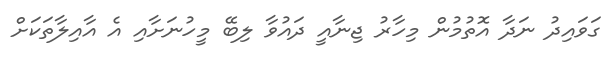
ގަވައިދު ނަދާ އޮތުމުން މިހާރު ޖިނާއީ ދައުވާ ލިބޭ މީހުނަށާއި އެ އާއިލާތަކަށް